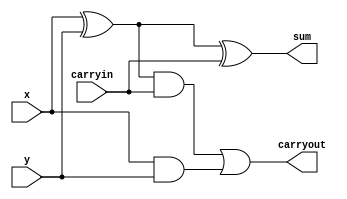
module onebitadder(x,y,sum,carryout,carryin);
input x,y,carryin;
output sum,carryout;

        //sum = x XOR y XOR z, where z is carry in
        //carryout = x XOR y multiplied by z plus xy

xor XOR1(p,x,y);
xor XOR2(sum,p,carryin);
        //At this stage, we have sum with us

and ANDp(q,p,carryin);
and ANDxy(r,x,y);
or ORing(carryout,q,r);
        //At this stage, we have carryout also with us

endmodule

module thirtytwobitadder(a,b,carryout,s,carryin);

input carryin;
input [31:0] a;
input [31:0] b;
output carryout;
output [31:0] s;

onebitadder adder0(a[0],b[0],s[0],c1,carryin);
onebitadder adder1(a[1],b[1],s[1],c2,c1);
onebitadder adder2(a[2],b[2],s[2],c3,c2);
onebitadder adder3(a[3],b[3],s[3],c4,c3);
onebitadder adder4(a[4],b[4],s[4],c5,c4);
onebitadder adder5(a[5],b[5],s[5],c6,c5);
onebitadder adder6(a[6],b[6],s[6],c7,c6);
onebitadder adder7(a[7],b[7],s[7],c8,c7);
onebitadder adder8(a[8],b[8],s[8],c9,c8);
onebitadder adder9(a[9],b[9],s[9],c10,c9);
onebitadder adder10(a[10],b[10],s[10],c11,c10);
onebitadder adder11(a[11],b[11],s[11],c12,c11);
onebitadder adder12(a[12],b[12],s[12],c13,c12);
onebitadder adder13(a[13],b[13],s[13],c14,c13);
onebitadder adder14(a[14],b[14],s[14],c15,c14);
onebitadder adder15(a[15],b[15],s[15],c16,c15);
onebitadder adder16(a[16],b[16],s[16],c17,c16);
onebitadder adder17(a[17],b[17],s[17],c18,c17);
onebitadder adder18(a[18],b[18],s[18],c19,c18);
onebitadder adder19(a[19],b[19],s[19],c20,c19);
onebitadder adder20(a[20],b[20],s[20],c21,c20);
onebitadder adder21(a[21],b[21],s[21],c22,c21);
onebitadder adder22(a[22],b[22],s[22],c23,c22);
onebitadder adder23(a[23],b[23],s[23],c24,c23);
onebitadder adder24(a[24],b[24],s[24],c25,c24);
onebitadder adder25(a[25],b[25],s[25],c26,c25);
onebitadder adder26(a[26],b[26],s[26],c27,c26);
onebitadder adder27(a[27],b[27],s[27],c28,c27);
onebitadder adder28(a[28],b[28],s[28],c29,c28);
onebitadder adder29(a[29],b[29],s[29],c30,c29);
onebitadder adder30(a[30],b[30],s[30],c31,c30);
onebitadder adder31(a[31],b[31],s[31],carryout,c31);

endmodule